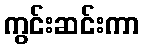
ကွင်းဆင်းကာ